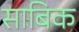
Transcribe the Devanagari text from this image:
साबिक